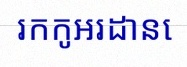
រកកូអរដោនេ